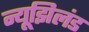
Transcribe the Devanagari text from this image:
न्यूझिलंड